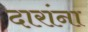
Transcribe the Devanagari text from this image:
दारांना